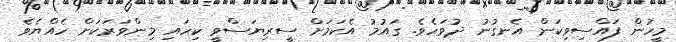
މީހުން ފައްސިވިކަން އެނގުނު ދުވަހެވެ. ގައުމު އެކަމަށް ސީރިޔަސްވީ ކިހައި މިންވަރަކަށް ހެއްޔެވެ